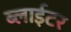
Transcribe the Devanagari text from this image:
ब्लाईटर